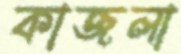
কাজলা